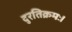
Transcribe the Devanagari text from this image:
दुरतिक्रमः।